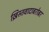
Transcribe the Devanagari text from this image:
ख्रिस्तवादाबरोबर